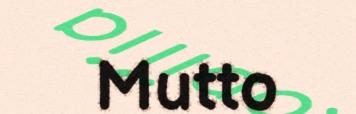
Mutto